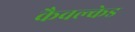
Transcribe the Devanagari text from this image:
कैवल्केड